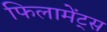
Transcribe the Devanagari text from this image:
फिलामेंट्स